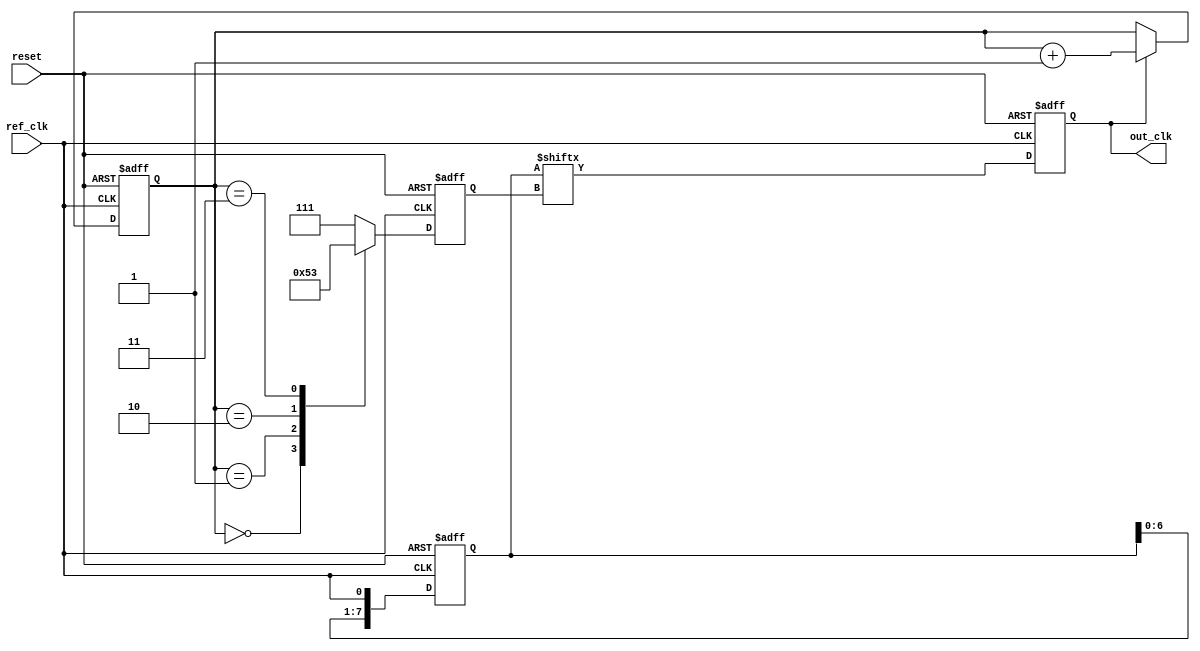
module dll (
    input wire ref_clk,          // Reference clock input
    input wire reset,           // Asynchronous reset
    output reg out_clk          // Output clock
);

    // Parameters
    parameter NUM_DELAY_BLOCKS = 8; // Number of delay blocks
    parameter DELAY_UNIT = 5;        // Delay unit in time units

    // Internal signals
    reg [NUM_DELAY_BLOCKS-1:0] delay_enable; // Delay enable signals for each block
    reg [3:0] phase_error;                   // Phase error signal
    reg [2:0] delay_count;                   // Number of enabled delay blocks
    reg [NUM_DELAY_BLOCKS-1:0] delay_line;   // Delay line storage
    reg [3:0] phase_detector;                 // Phase detector output

    // Phase Detector: Compares ref_clk and out_clk
    always @(posedge ref_clk or posedge reset) begin
        if (reset) begin
            phase_detector <= 0;
        end else begin
            // Simple phase detection logic
            if (out_clk) begin
                phase_detector <= phase_detector + 1; // Increment phase detector
            end
        end
    end

    // Control Logic: Adjusts delay based on phase error
    always @(posedge ref_clk or posedge reset) begin
        if (reset) begin
            delay_count <= 0;
            delay_enable <= 0;
        end else begin
            // Adjust delay based on phase error
            case (phase_detector)
                4'b0000: delay_count <= 0;  // No delay
                4'b0001: delay_count <= 1;  // Enable 1 delay block
                4'b0010: delay_count <= 2;  // Enable 2 delay blocks
                4'b0011: delay_count <= 3;  // Enable 3 delay blocks
                // Add more cases as needed
                default: delay_count <= NUM_DELAY_BLOCKS - 1; // Max delay
            endcase

            // Enable delay blocks based on delay_count
            delay_enable <= (1 << delay_count) - 1; // Enable blocks up to delay_count
        end
    end

    // Delay Line: Generates the delayed output clock
    always @(posedge ref_clk or posedge reset) begin
        if (reset) begin
            delay_line <= 0;
            out_clk <= 0;
        end else begin
            // Shift the delay line based on enabled blocks
            delay_line <= {delay_line[NUM_DELAY_BLOCKS-2:0], ref_clk}; // Shift in the ref_clk
            out_clk <= delay_line[delay_count]; // Select the output based on delay_count
        end
    end

endmodule